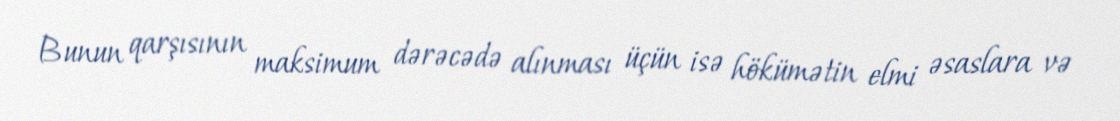
Bunun qarşısının maksimum dərəcədə alınması üçün isə hökümətin elmi əsaslara və